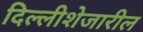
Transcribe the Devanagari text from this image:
दिल्लीशेजारील